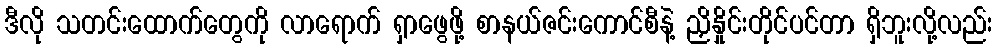
ဒီလို သတင်းထောက်တွေကို လာရောက် ရှာဖွေဖို့ စာနယ်ဇင်းကောင်စီနဲ့ ညှိနှိုင်းတိုင်ပင်တာ ရှိဘူးလို့လည်း